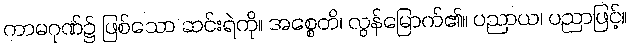
ကာမဂုဏ်၌ ဖြစ်သော ဆင်းရဲကို။ အစ္စေတိ၊ လွန်မြောက်၏။ ပညာယ၊ ပညာဖြင့်။